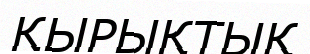
ҚЫРЫҚТЫҚ